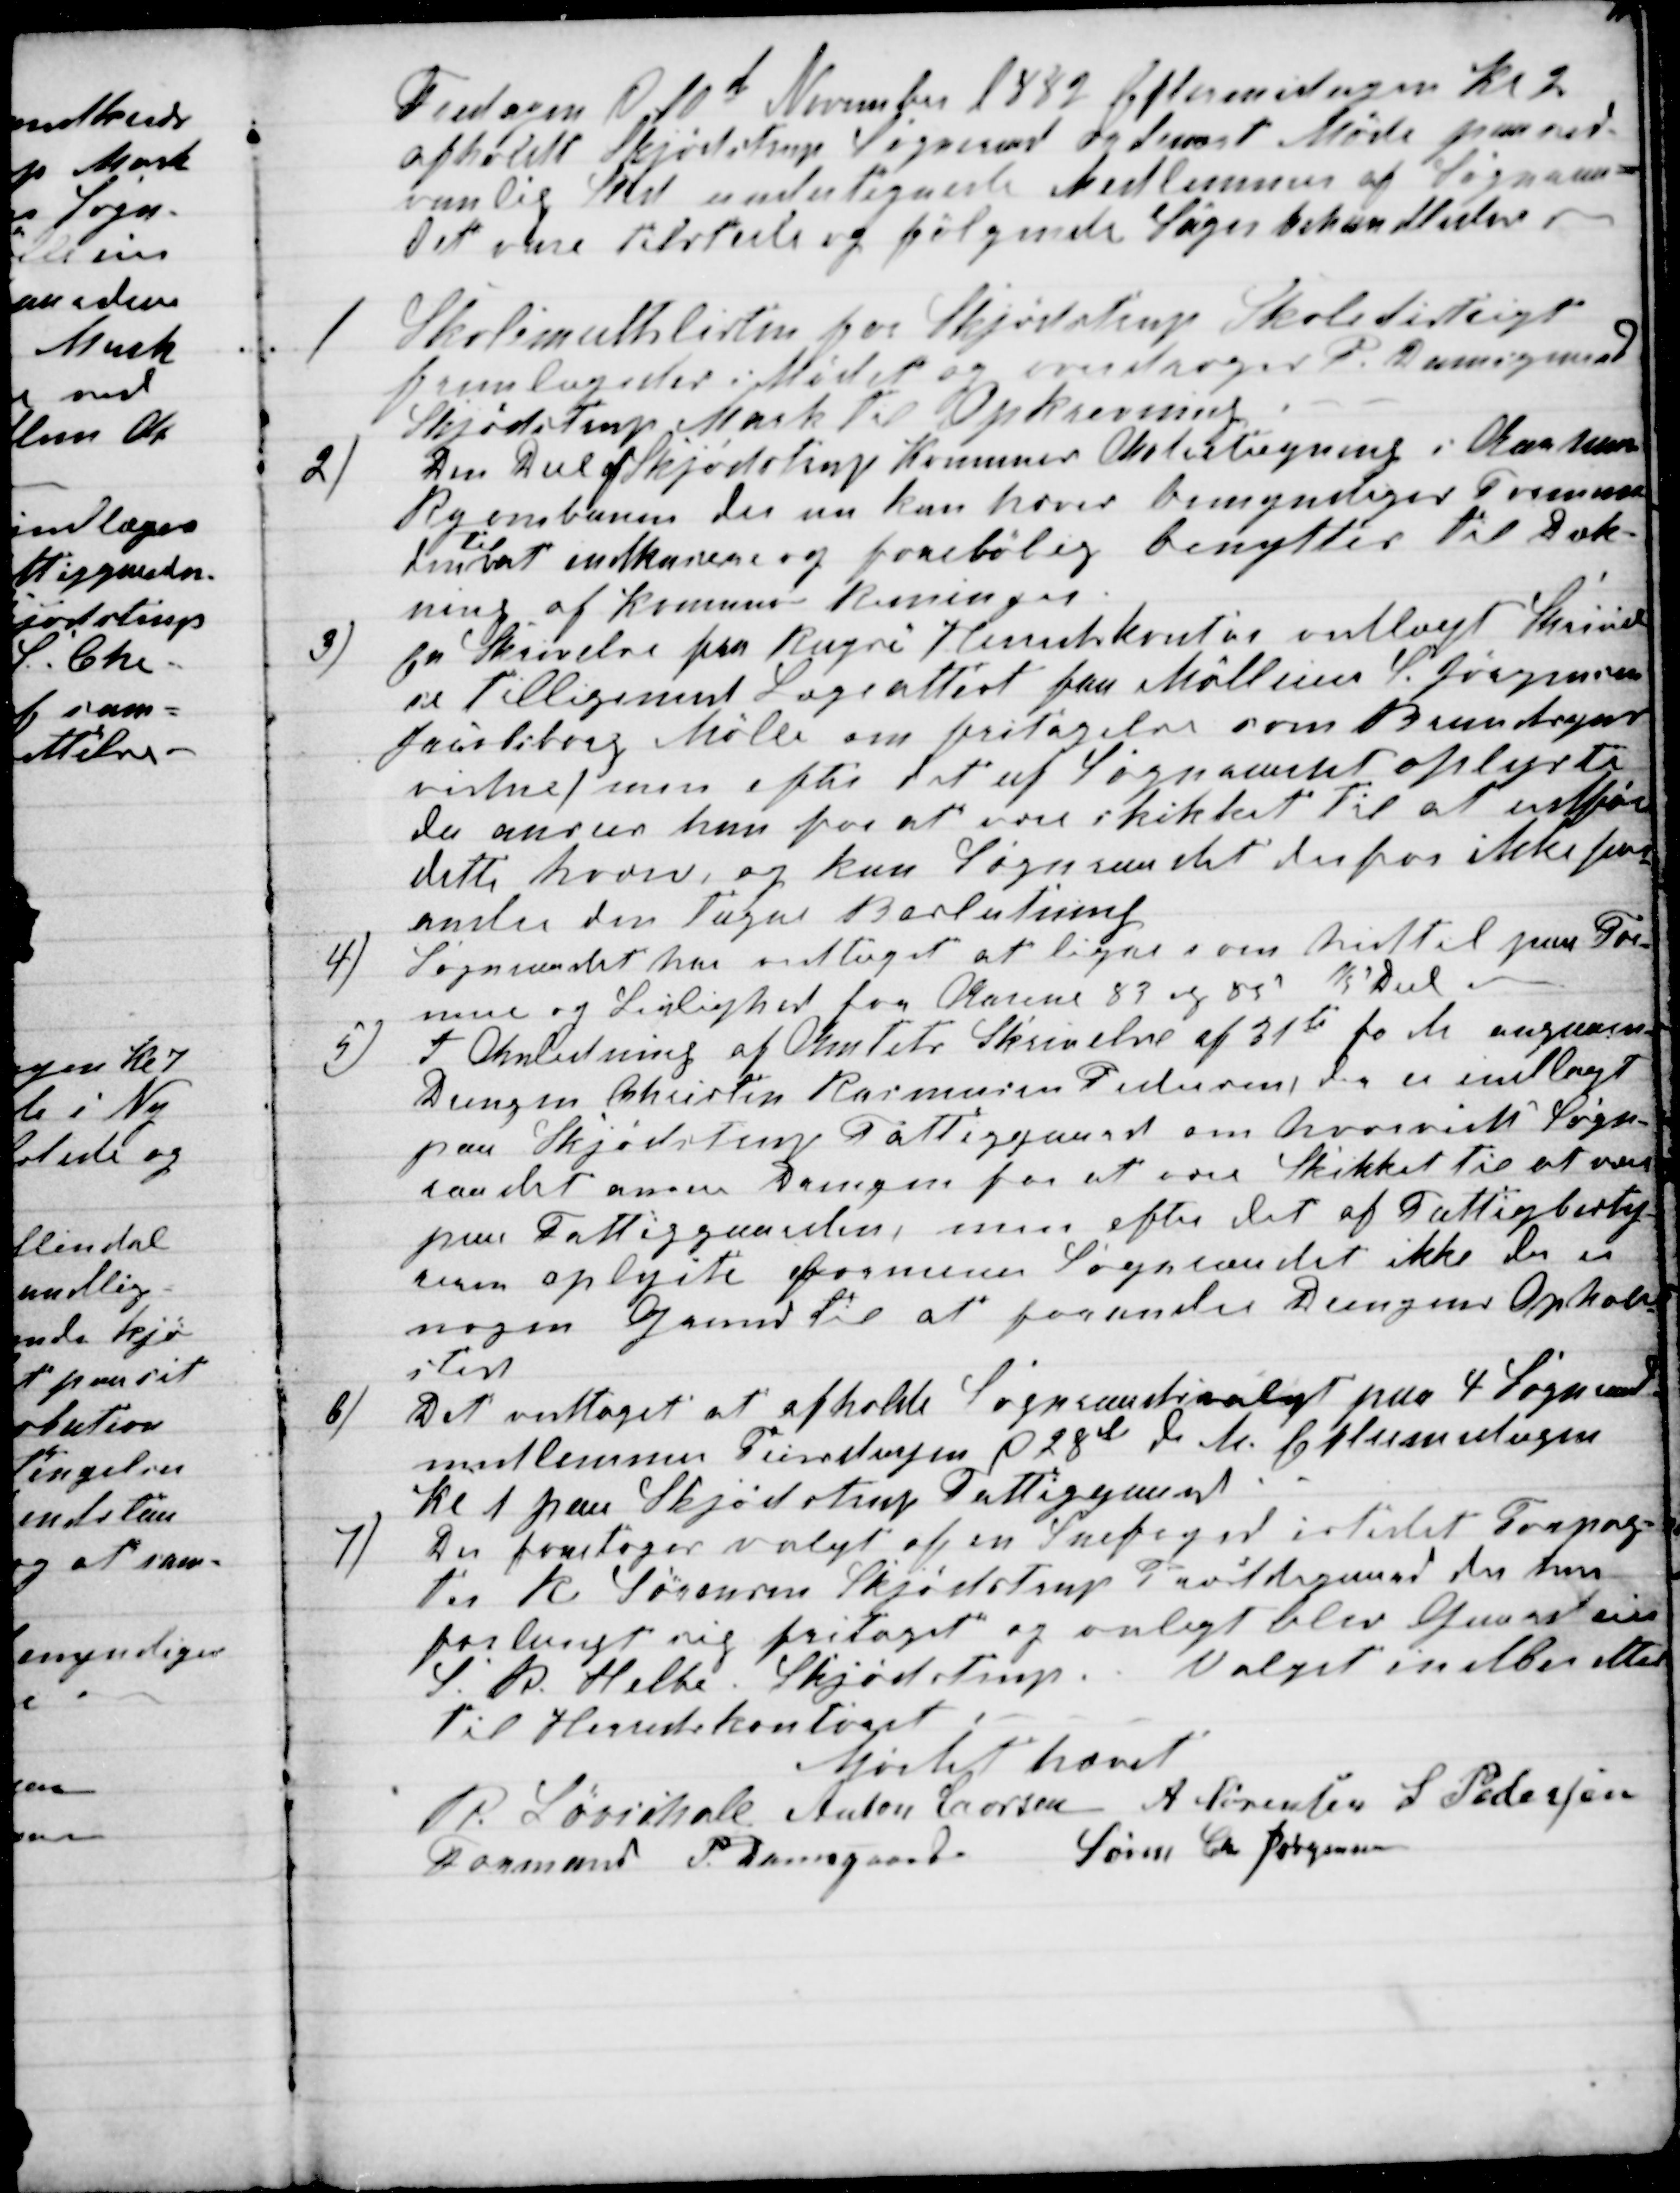
Transskription:
Fredagen d 10de November 1882 Eftermidagen Kl 2
afholdt Skjødstrup Sogneraad ordinært Møde paa sed-
vanlig Sted undertegnede Medlemmer af Sogneraa-
det vare tilstede og følgende Sager behandledes. 
1
Skolemultslisten for Skjødstrup Skoledistrigt
fremlagdes i Mødet og overdroges P. Damsgaard
Skjødstrup Mark til Opkrævning
2)
Den Deel af Skjødstrup Komunes Aktietegning i Aarhus
Ryombanen der nu kan hæves bemyndiges Forman-
den
til
at indkassere og foreløbig benyttes til Dæk-
ning af Komunens Reininger.
3)
En Skrivelse fra Rugsø Herredskontor vedlagt Skrivel
se tilligemed Lægeattest fra Mølleeier S. Jørgensen
Jacobsborg Mølle om fritagelse som Brandsyns-
vidne, men efter det af Sogneraadet oplyste
da ansees han for at være skikket til at udføre
dette hverv, og kan Sogneraadet derfor ikke for-
andre den tagne Beslutning
4)
Sogneraadet har vedtaget at ligne som hidtil paa For-
mue og Leilighed for Aarene 83 og 85 ⅕ Deel
5)
I Anledning af Amtets Skrivelse af 31te fo M angaaend
Drengen Christen Rasmussen Pedersen, der er indlagt
paa Skjødstrup Fattiggaard om hvorvidt Sogn-
raadet anser Drengen for at være Skikket til at være
paa Fattiggaarden, men efter det af Fattigbesty-
reren oplyste formener Sognraadet ikke der en
nogen Grund til at forandre Drengens Opholds-
sted
6)
Det vedtaget at afholde Sogneraadsvalget paa 4 Sogneraad-
medlemmer Tiirsdagen d 28de d. M. Eftermidagen
Kl 1 paa Skjødstrup Fattiggaard.
7)
Der foretages valgt af en Snefoged istedet Forpag-
ter R Sørensen Skjødstrup Præstdegaard der har
forlangt sig fritaget og valgt blev Gaardeier
S. R. Helbo. Skjødstrup. Valget indberettes
til Herredskontoret
Mødet hævet
R. Løvschall
Formand 
Anton Laursen A Sørensen S Pedersen
P. Damsgaard
Søren Chr Jørgensen